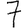
Digit: 7